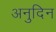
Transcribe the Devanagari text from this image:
अनुदिन